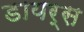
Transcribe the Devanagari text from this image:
डायर्स